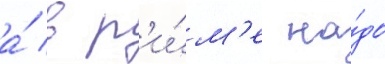
а́ в р'и́м'е на́до